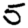
Digit: 5